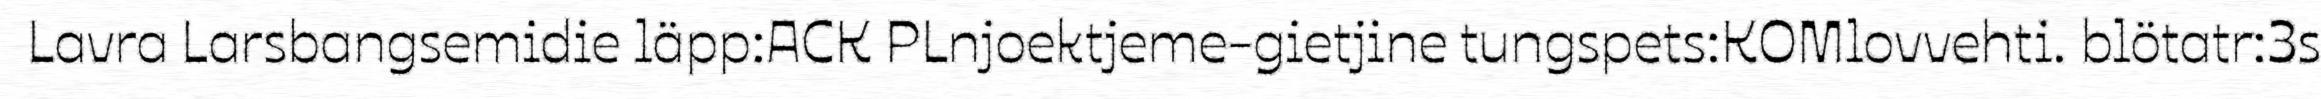
Lavra Larsbangsemidie läpp:ACK PLnjoektjeme-gietjine tungspets:KOMlovvehti. blötatr:3s